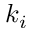
k _ { i }